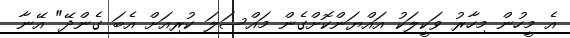
އެ މީހުން މިހާރު ވަކީލަކު އައްޔަންކޮށްގެން މައްސަލަ ކުރިއަށް އެބަ ގެންދޭ" އޭނާ